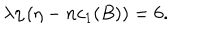
LaTeX: \lambda \eta \left( \eta - n c _ { 1 } ( B ) \right) = 6 .